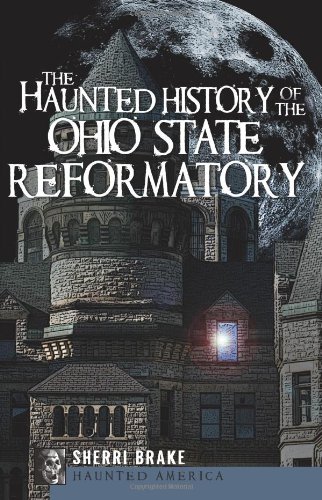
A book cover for The Haunted History of the Ohio State Reformatory (Haunted America); Sherri Brake; Religion & Spirituality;